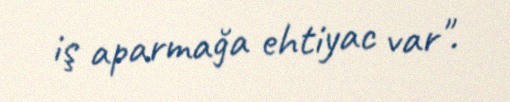
iş aparmağa ehtiyac var".